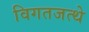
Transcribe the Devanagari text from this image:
विगतजत्थे